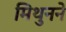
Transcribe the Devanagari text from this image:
मिथुनने